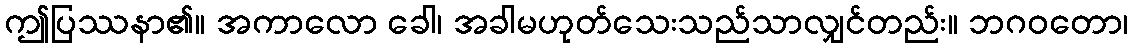
ဤပြဿနာ၏။ အကာလော ခေါ၊ အခါမဟုတ်သေးသည်သာလျှင်တည်း။ ဘဂဝတော၊